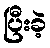
ပြီးခဲ့